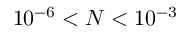
1 0 ^ { - 6 } < N < 1 0 ^ { - 3 }